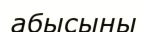
абысыны